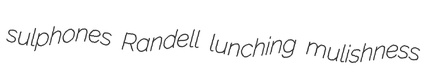
sulphones Randell lunching mulishness